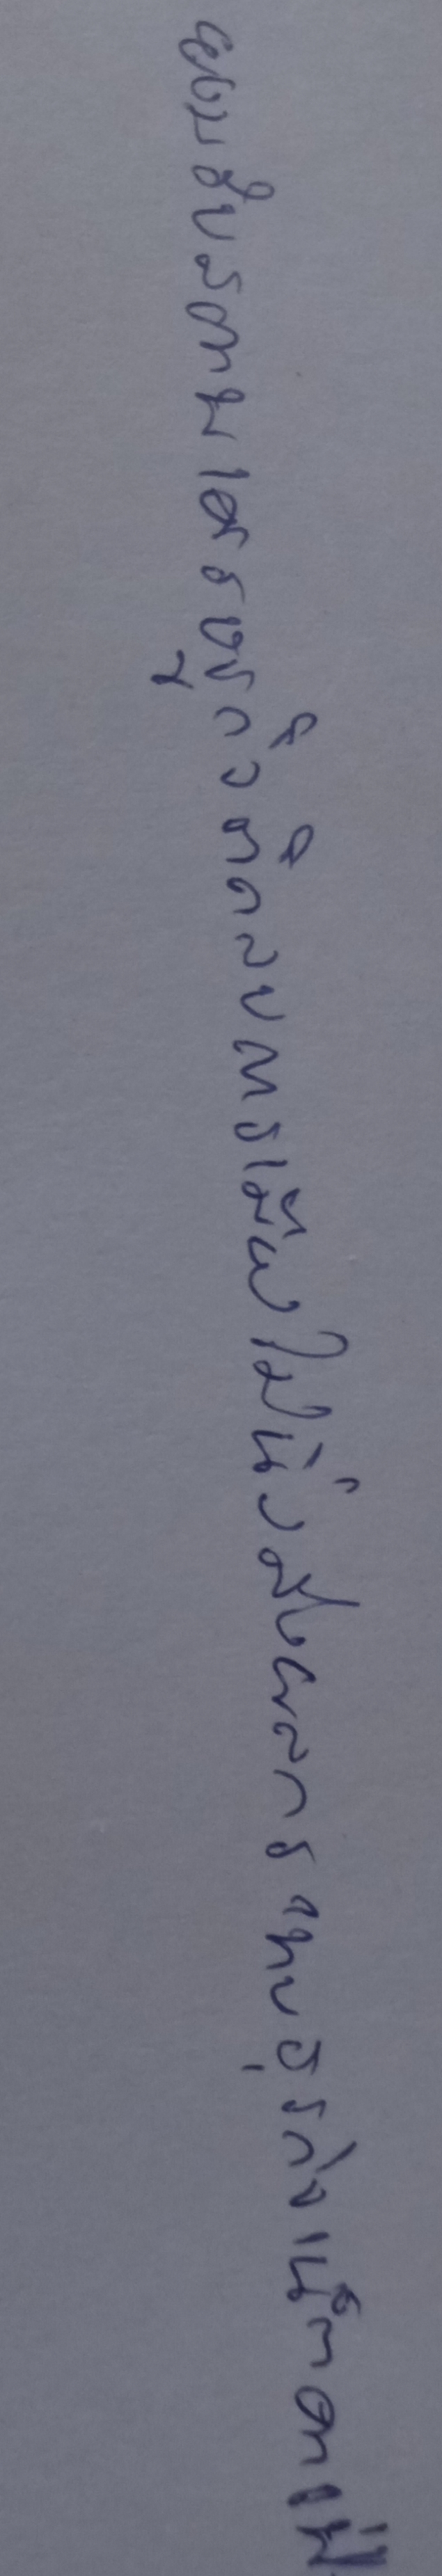
ยอมรับสภาพเศรษฐกิจติดลบการเมืองไม่นิ่งส่งผลกระทบธุรกิจเน็ตคาเฟ่